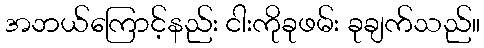
အဘယ်ကြောင့်နည်း ငါးကိုခုဖမ်း ခုချက်သည်။